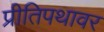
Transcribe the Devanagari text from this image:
प्रीतिपथावर